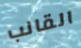
القالب